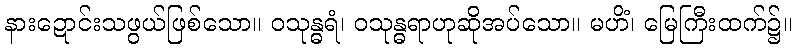
နားဍောင်းသဖွယ်ဖြစ်သော။ ဝသုန္ဓရံ၊ ဝသုန္ဓရာဟုဆိုအပ်သော။ မဟိံ၊ မြေကြီးထက်၌။